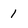
Character: 1